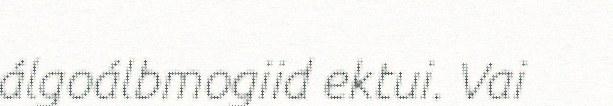
álgoálbmogiid ektui. Vai